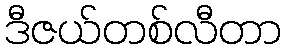
ဒီဇယ်တစ်လီတာ